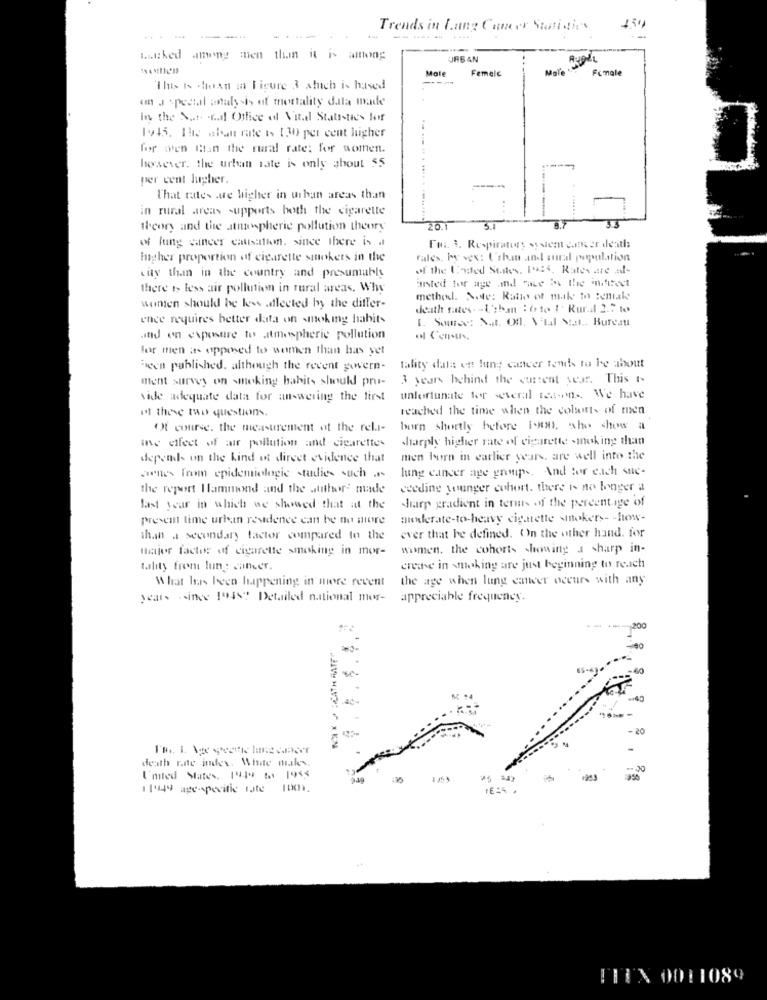
Trends in Lung Cancer Statidies
......
----
--
watched among men than it is among
URBAN
Male
Femelc
Male
Female
This is chean i Ficure & sluch is based
an a special analysis of mortality data made
in the N .... . r.d Office of Vitd Statistics for
1945, The aban rate is 1.30 per cent higher
for wen than the rural rate: for women.
however, the urban rate is only about 55
per cent lugher.
That rates are higher in urban areas than
.. . .... . .....
in rural areas supports both the cigarette
theory and the atmospheric pollution theory
of lung cancer causation. since there is a
For 3. Respiratory system cancer dentl:
higher proportion of cigarette smokets in the
Fales. My vex: L'than and mural population
of the United States. 1925, Rates are al-
city than in the country and presumably
there is less air pollution in rural areas. Why
aansted for age .and race is the 4thoct
method. Node: Ratio of mak to Remake
wonten should be less affected by the differ-
death rates. - l'than : fe te 1' Rural 2.2 to
ence requires better data on smoking habits
1. Source: Nat. Off. Vital Stat .. Bureau
and on exposure to atmospheric pollution
for men as opposed to women than has yet
Been published. although the recent govern-
tality data on lung cancer tends to be about
ment survey on smoking habits should pru-
3 years behind the current year. This Is
vide adequate data for answering the first
unfortunate for several teams. We have
el these two questions.
reached the time when the colors of men
Of course, the measurement of the reli-
burn shortly before i'm, who show a
inc effect of air pollution and cigarettes
sharply higher rate of cigarette smoking than
depends on the kind ot dircet evidence that
men born in earlier years. are well into the
lung cancer age groups, And for each suc-
son's from epidemiologie studies such ..
the report Hammond and the author" made
ceeding younger cohort, there Is no longer a
last year in which we showed that at the
Sharp gradient in terms of the percentage of
Present time urban residence can be the more
ouderate-to-heavy cigarette smokers- - how-
than a secondary factor compared to the
ever that he defined. On the other hand. for
major factor of cigarette smoking in mor-
wwmen, the cohorts showing a sharp in-
tality from lung: cineer
creare in smoking are just beginning to reach
What has been happening in more recent
the age when lung eawer occurs with any
years since Josse Detailed national mer-
appreciable frequency.
200
at
death r.de indes. White mitles.
-- 30
United States, I4.29 to 1955
1 1949 age-specific rate 1001.
THIN 0011089